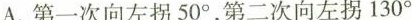
A.第一次向左拐50^{\circ}，第二次向左拐130^{\circ}